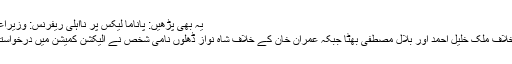
یہ بھی پڑھیں: پاناما لیکس پر نااہلی ریفرنس: وزیراعظم کو نوٹس جاری
جہانگیر ترین کے خلاف ملک خلیل احمد اور بلال مصطفیٰ بھٹا جبکہ عمران خان کے خلاف شاہ نواز ڈھلوں نامی شخص نے الیکشن کمیشن میں درخواستیں جمع کرائی تھیں۔